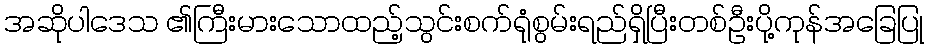
အဆိုပါဒေသ ၏ကြီးမားသောထည့်သွင်းစက်ရုံစွမ်းရည်ရှိပြီးတစ်ဦးပို့ကုန်အခြေပြု